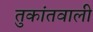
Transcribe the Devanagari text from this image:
तुकांतवाली